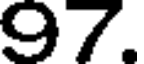
97.